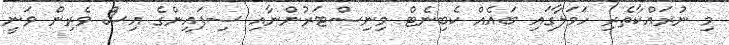
މި ނުރައްކާތެރި ހަމަލާގައި ބައެއް ކެބިނެޓް މިނިސްޓަރުންނާއި ސިފައިންގެ އިސް ވެރިން ވަނީ